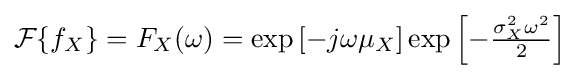
{\mathcal {F}}\{f_{X}\}=F_{X}(\omega )=\exp \left[-j\omega \mu _{X}\right]\exp \left[-{\tfrac {\sigma _{X}^{2}\omega ^{2}}{2}}\right]